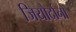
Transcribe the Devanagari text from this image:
जियोर्दानो